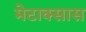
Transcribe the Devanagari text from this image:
मेटाक्सास